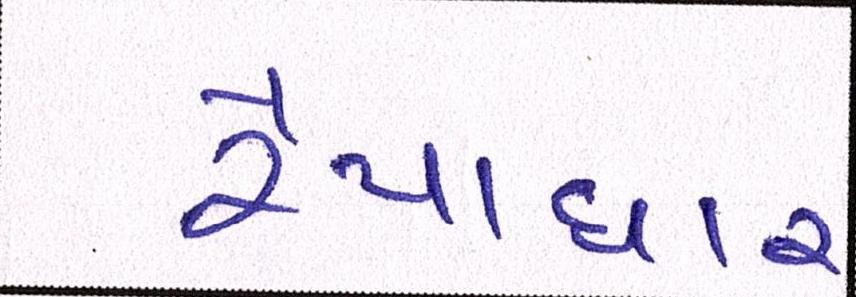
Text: રૈયાધાર